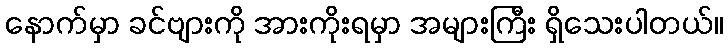
နောက်မှာ ခင်ဗျားကို အားကိုးရမှာ အများကြီး ရှိသေးပါတယ်။